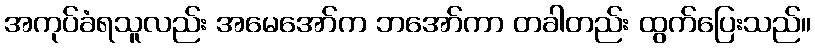
အကုပ်ခံရသူလည်း အမေအော်က ဘအော်ကာ တခါတည်း ထွက်ပြေးသည်။